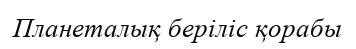
Планеталық беріліс қорабы